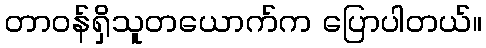
တာဝန်ရှိသူတယောက်က ပြောပါတယ်။